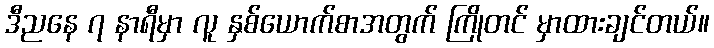
ဒီညနေ ၇ နာရီမှာ လူ နှစ်ယောက်စာအတွက် ကြိုတင် မှာထားချင်တယ်။